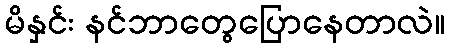
မိနှင်း နင်ဘာတွေပြောနေတာလဲ။